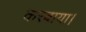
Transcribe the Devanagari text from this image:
करबाया।